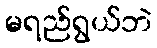
မရည်ရွယ်ဘဲ